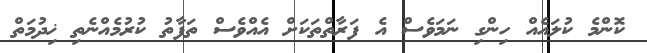
ކޮންމެ ކުލައެއް ހިންގި ނަމަވެސް އެ ފަރާތްތަކަށް އެއްވެސް ތަފާތު ކުރުމެއްނެތި ޚިދުމަތް